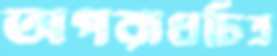
অপরাধচিত্র